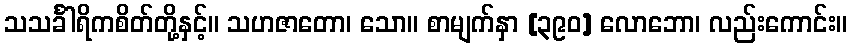
သသင်္ခါရိကစိတ်တို့နှင့်။ သဟဇာတော၊ သော။ စာမျက်နှာ [၃၉၀] လောဘော၊ လည်းကောင်း။